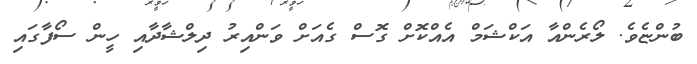
ބުންޏެވެ. ލޯރެންއާ އަކްޝަމް އެއްކޮށް ގޮސް ގެއަށް ވަންއިރު ދިލްޝާދާއި ހީން ސޯފާގައި